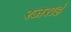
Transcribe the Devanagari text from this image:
रजराई